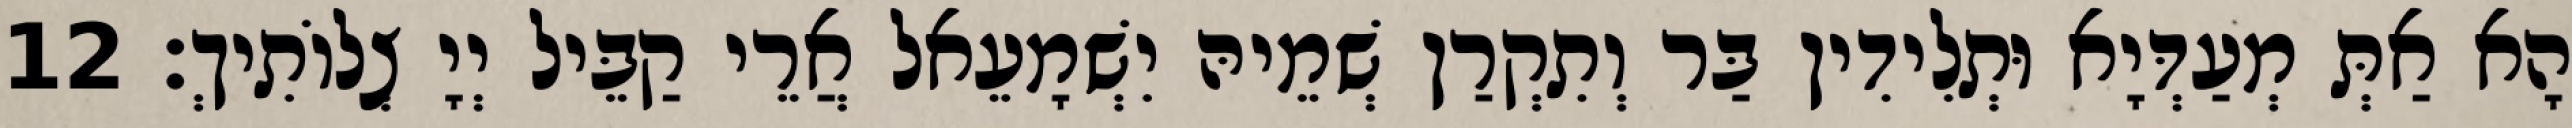
הָא אַתְּ מְעַדְּיָא וּתְלִידִין בַּר וְתִקְרַן שְׁמֵיהּ יִשְׁמָעֵאל אֲרֵי קַבֵּיל יְיָ צְלוֹתִיךְ׃ 12